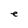
Character: e